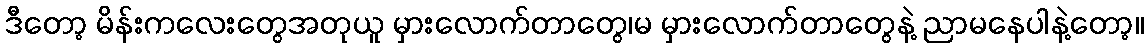
ဒီတော့ မိန်းကလေးတွေအတုယူ မှားလောက်တာတွေ၊မ မှားလောက်တာတွေနဲ့ ညာမနေပါနဲ့တော့။